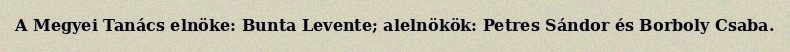
A Megyei Tanács elnöke: Bunta Levente; alelnökök: Petres Sándor és Borboly Csaba.